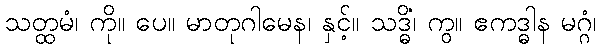
သတ္ထမံ၊ ကို။ ပေ။ မာတုဂါမေန၊ နှင့်။ သဒ္ဓိံ၊ ကွ။ ဧကဒ္ဓါန မဂ္ဂံ၊